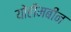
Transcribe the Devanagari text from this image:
योहीमबीन